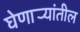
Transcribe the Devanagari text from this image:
घेणार्‍यांतील